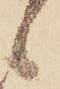
候